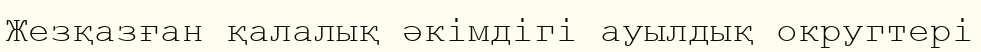
Жезқазған қалалық әкімдігі ауылдық округтері